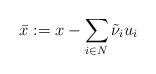
LaTeX: \begin{align*}\bar{x}:=x-\sum\limits_{i\in N} \tilde{\nu}_i u_i\end{align*}